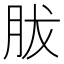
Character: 胈